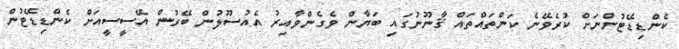
ކެންޑިޑޭޓުންނަށް ކުރެވޭނެ ކަންތައްތައް ޤާނޫނުގައި ބަޔާން ވެގެންވާއިރު އެއުސޫލުން ބޭރުން އޭސީސީއަށް ކެންޑިޑޭޓުން